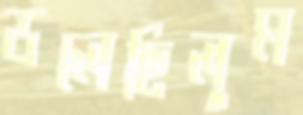
ডলেছিলুম